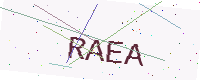
Text: RAEA